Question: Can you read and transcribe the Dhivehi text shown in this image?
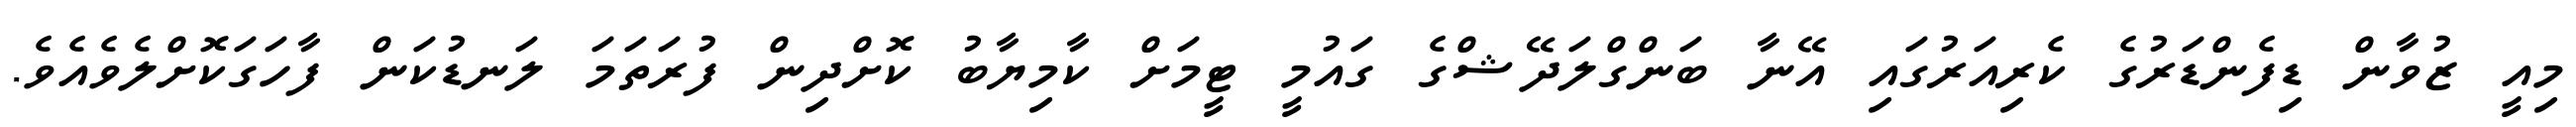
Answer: މިއީ ޒުވާން ޑިފެންޑަރުގެ ކެރިއަރުގައި އޭނާ ބަންގްލަދޭޝްގެ ގައުމީ ޓީމަށް ކާމިޔާބު ކޮށްދިން ފުރަތަމަ ލަނޑުކަން ފާހަގަކޮށްލެވެއެވެ.